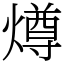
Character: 燇